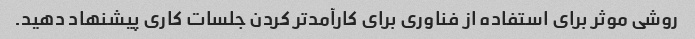
روشی موثر برای استفاده از فناوری برای کارآمدتر کردن جلسات کاری پیشنهاد دهید.